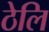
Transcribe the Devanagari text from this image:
ठेलि